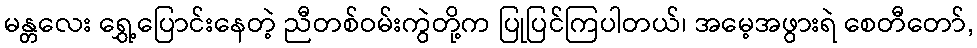
မန္တလေး ရွှေ့ပြောင်းနေတဲ့ ညီတစ်ဝမ်းကွဲတို့က ပြုပြင်ကြပါတယ်၊ အမေ့အဖွားရဲ စေတီတော်,